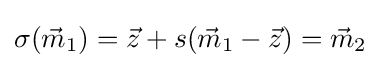
\sigma ({\vec {m}}_{1})={\vec {z}}+s({\vec {m}}_{1}-{\vec {z}})={\vec {m}}_{2}